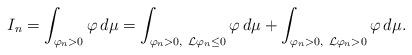
LaTeX: \begin{align*}I_n = \int_{\varphi_n > 0} \varphi \, d \mu = \int _{\varphi_n >0, \ {\mathcal L} \varphi_n \leq 0} \varphi \, d \mu + \int_{\varphi_n >0, \ {\mathcal L} \varphi_n > 0} \varphi \, d \mu. \end{align*}